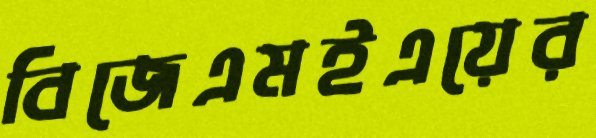
বিজেএমইএয়ের